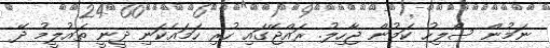
ނަމުން ސޯލިހު ކަމުން ޖާހިލު. ރައްޖޭގައި ހުރި ހަމައެކަނި ދީނީ ތައުލީމު ދޭ